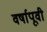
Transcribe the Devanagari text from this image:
वर्षापूवी